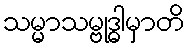
သမ္မာသမ္ဗုဒ္ဓါမှာတိ